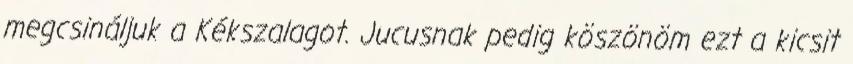
megcsináljuk a Kékszalagot. Jucusnak pedig köszönöm ezt a kicsit